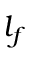
l _ { f }